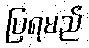
ပြရမည်